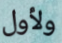
ولأول